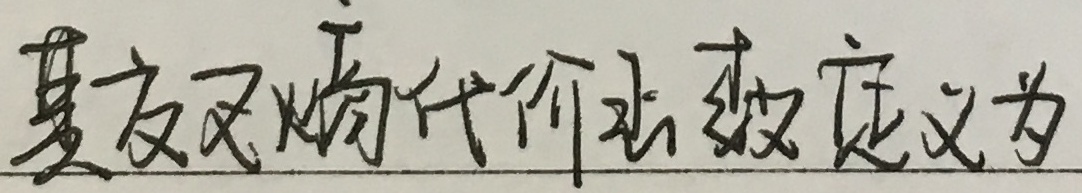
其交叉熵代价函数定义为